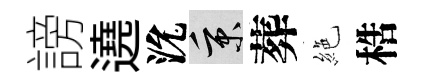
謗遶沇秉葬絶梏